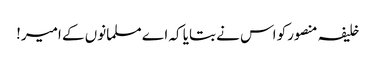
خلیفہ منصورکو اس نے بتایا کہ اے مسلمانوں کے امیر!